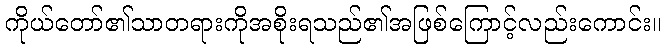
ကိုယ်တော်၏သာတရားကိုအစိုးရသည်၏အဖြစ်ကြောင့်လည်းကောင်း။